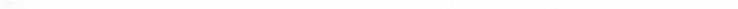
-